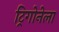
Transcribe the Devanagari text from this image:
ट्रिगोनेला